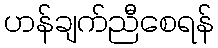
ဟန်ချက်ညီစေရန်